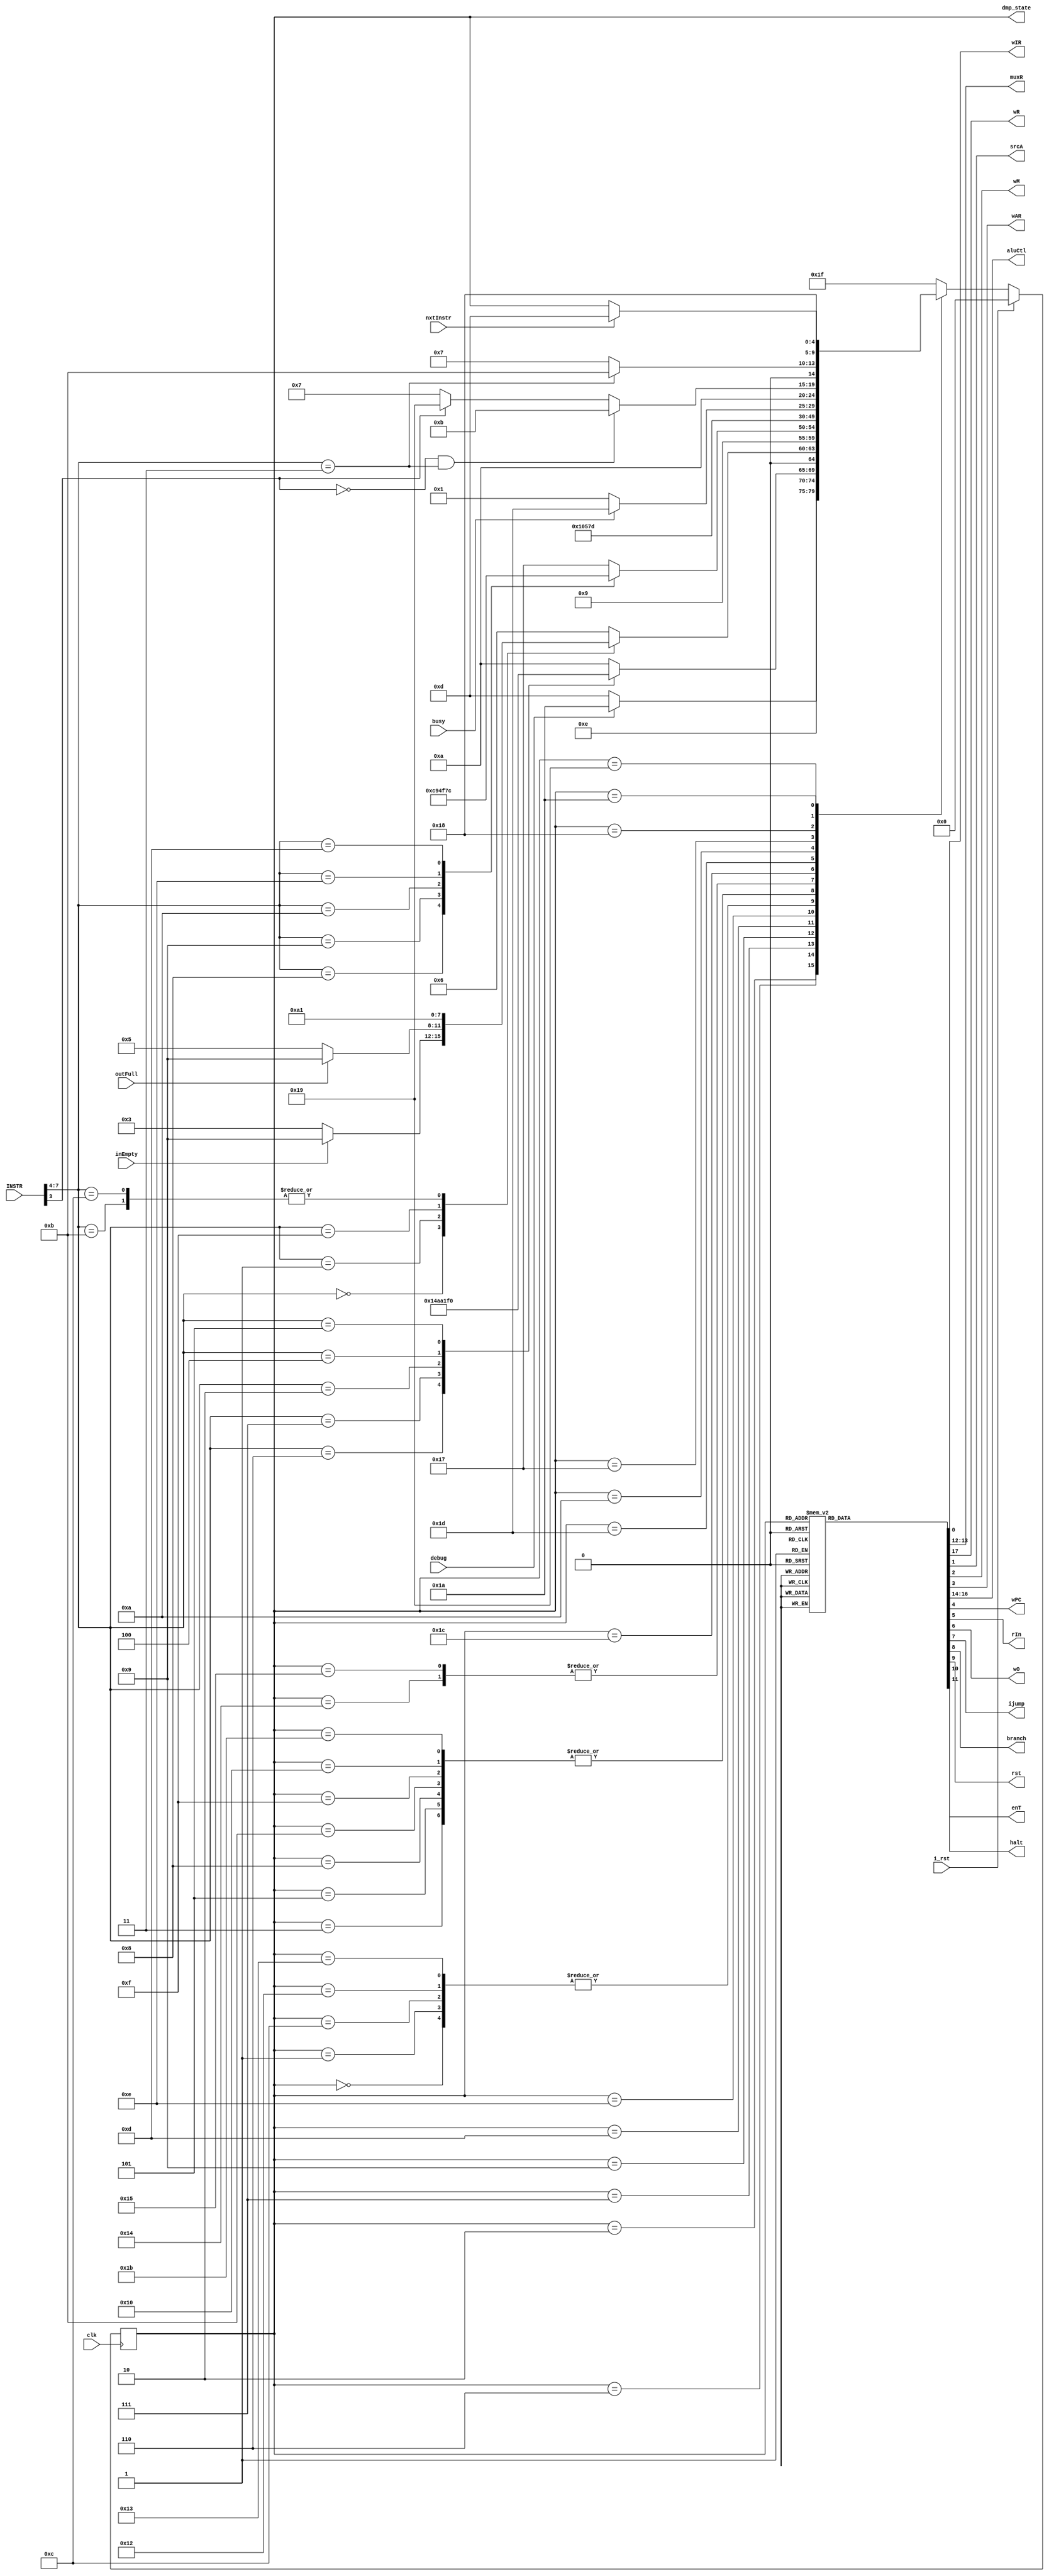
// This program was cloned from: https://github.com/adumont/hrm-cpu
// License: GNU General Public License v3.0

`default_nettype none

module ControlUnit (
    // input signals
    input  wire [7:0] INSTR,
    input  wire       inEmpty,
    input  wire       outFull,
    input  wire       debug,
    input  wire       nxtInstr,
    input  wire       busy,
    // output signals
    output reg        wIR,
    output reg  [1:0] muxR,
    output reg        wR,
    output reg        srcA,
    output reg        wM,
    output reg        wAR,
    output reg  [2:0] aluCtl,
    output reg        wPC,
    output reg        rIn,
    output reg        wO,
    output reg        ijump,
    output reg        branch,
    output reg        rst,
    output reg        halt,
    output reg        enT,
    output wire [4:0] dmp_state,
    // generic signals
    input wire clk,
    input wire i_rst
);

    // States
    localparam
    S_ADD         = 5'b 01111,
    S_BUMPN       = 5'b 10101,
    S_BUMPP       = 5'b 10100,
    S_COPYFROM    = 5'b 01000,
    S_COPYTO      = 5'b 01011,
    S_DECODE      = 5'b 01001,
    S_FETCH_I     = 5'b 00010,
    S_FETCH_O     = 5'b 01110,
    S_HALT        = 5'b 01010,
    S_INBOX       = 5'b 00011,
    S_Inc_PC      = 5'b 00001,
    S_INCPC2      = 5'b 00110,
    S_JUMP        = 5'b 01100,
    S_JUMPN       = 5'b 10011,
    S_JUMPZ       = 5'b 10010,
    S_LOAD_AR     = 5'b 10111,
    S_LOAD_AR2    = 5'b 11000,
    S_LOAD_IR     = 5'b 01101,
    S_OUTBOX      = 5'b 00101,
    S_READMEM     = 5'b 00111,
    S_READMEM2    = 5'b 11001,
    S_RESET       = 5'b 00000,
    S_SUB         = 5'b 10000,
    S_WAIT_KEY    = 5'b 11010,
    S_SET         = 5'b 11011,
    S_INIT_TIMER  = 5'b 11100,
    S_WAIT_TIMER  = 5'b 11101,
    S_INVALID     = 5'b 11111; // should never be reached!

    wire [3:0] opcode = INSTR[7:4];
    wire indirect = INSTR[3];

    localparam
    o_INBOX    = 4'b 0000,
    o_OUTBOX   = 4'b 0001,
    o_COPYFROM = 4'b 0010,
    o_COPYTO   = 4'b 0011,
    o_ADD      = 4'b 0100,
    o_SUB      = 4'b 0101,
    o_BUMPP    = 4'b 0110,
    o_BUMPN    = 4'b 0111,
    o_JUMP     = 4'b 1000,
    o_JUMPZ    = 4'b 1001,
    o_JUMPN    = 4'b 1010,
    o_NOP1     = 4'b 1011,
    o_NOP2     = 4'b 1100,
    o_WAIT     = 4'b 1101,
    o_SET      = 4'b 1110,
    o_HALT     = 4'b 1111;

    reg [4:0] state;
    reg [4:0] nextstate;

    assign dmp_state = state;

    // comb always block
    // NEXT STATE LOGIC (depends on currState and INPUTS)
    always @* begin
      // defaulting to implied_loopback to avoid latches being inferred 
      nextstate = state;
      case (state)
        S_RESET       : nextstate = S_FETCH_I;
        S_Inc_PC      : nextstate = S_FETCH_I;
        S_FETCH_I     : if (debug)  nextstate = S_WAIT_KEY;
                        else        nextstate = S_LOAD_IR;
        S_INBOX       : nextstate = S_Inc_PC;
        S_OUTBOX      : nextstate = S_Inc_PC;
        S_INCPC2      : nextstate = S_FETCH_O;
        S_READMEM     : case (opcode)
                          o_BUMPP    : nextstate = S_BUMPP;
                          o_BUMPN    : nextstate = S_BUMPN;
                          o_COPYFROM : nextstate = S_COPYFROM;
                          o_ADD      : nextstate = S_ADD;
                          o_SUB      : nextstate = S_SUB;
                          default    : nextstate = S_HALT;
                        endcase
        S_COPYFROM    : nextstate = S_Inc_PC;
        S_DECODE      : case (opcode)
                          o_INBOX  : if( inEmpty ) nextstate = S_DECODE;
                                     else          nextstate = S_INBOX;
                          o_OUTBOX : if( outFull ) nextstate = S_DECODE;
                                     else          nextstate = S_OUTBOX;
                          o_HALT   : nextstate = S_HALT;
                          o_NOP1   : nextstate = S_Inc_PC;
                          o_NOP2   : nextstate = S_Inc_PC;
                          default  : nextstate = S_INCPC2;
                        endcase
        S_COPYTO      : nextstate = S_Inc_PC;
        S_JUMP        : nextstate = S_FETCH_I;
        S_LOAD_IR     : nextstate = S_DECODE;
        S_FETCH_O     : case (opcode)
                          o_JUMP  : nextstate = S_JUMP;
                          o_JUMPZ : nextstate = S_JUMPZ;
                          o_JUMPN : nextstate = S_JUMPN;
                          o_SET   : nextstate = S_SET;
                          o_WAIT  : nextstate = S_INIT_TIMER;
                          default : nextstate = S_LOAD_AR;
                        endcase
        S_ADD         : nextstate = S_Inc_PC;
        S_SUB         : nextstate = S_Inc_PC;
        S_JUMPZ       : nextstate = S_FETCH_I;
        S_JUMPN       : nextstate = S_FETCH_I;
        S_SET         : nextstate = S_Inc_PC;
        S_BUMPP       : nextstate = S_COPYTO;
        S_BUMPN       : nextstate = S_COPYTO;
        S_INIT_TIMER  : nextstate = S_WAIT_TIMER;
        S_WAIT_TIMER  : if ( busy ) nextstate = S_WAIT_TIMER;
                        else        nextstate = S_Inc_PC;
        S_HALT        : nextstate = S_HALT;
        S_LOAD_AR     : if      ( ~indirect && opcode == o_COPYTO ) nextstate = S_COPYTO;
                        else if (  indirect )                       nextstate = S_READMEM2;
                        else                                        nextstate = S_READMEM;
        S_LOAD_AR2    : if( opcode == o_COPYTO ) nextstate = S_COPYTO;
                        else nextstate = S_READMEM;
        S_READMEM2    : nextstate = S_LOAD_AR2;
        S_WAIT_KEY    : if (nxtInstr) nextstate = S_LOAD_IR;
        default: nextstate = S_INVALID; // should never happen (unless bug?)
      endcase
    end

    // sequential always block
    always @(posedge clk) begin
      if (i_rst)
        state <= S_RESET;
      else
        state <= nextstate;
    end

    // OUTPUT LOGIC (Combinational)
    always @ (state)
    begin
      // avoid latches, preset all regs here to a default value. eventually change them later in the case() 
      wIR    = 1'b0;
      muxR   = 2'b00;
      wR     = 1'b0;
      srcA   = 1'b0;
      wM     = 1'b0;
      wAR    = 1'b0;
      aluCtl = 3'b000;
      wPC    = 1'b0;
      rIn    = 1'b0;
      wO     = 1'b0;
      ijump  = 1'b0;
      branch = 1'b0;
      rst    = 1'b0;
      halt   = 1'b0;
      enT    = 1'b0;

      case (state)
        S_ADD        : begin
          muxR   = 2'b  11;
          aluCtl = 3'b 000;
          wR     = 1'b   1;
        end
        S_BUMPN      : begin
          muxR   = 2'b  11;
          aluCtl = 3'b 011;
          wR     = 1'b   1;
        end
        S_BUMPP      : begin
          muxR   = 2'b  11;
          aluCtl = 3'b 010;
          wR     = 1'b   1;
        end
        S_COPYFROM   : begin
          muxR   = 2'b  01;
          wR     = 1'b   1;
        end
        S_COPYTO     : wM = 1'b 1;
        S_HALT       : halt = 1'b 1;
        S_INBOX      : begin
          rIn    = 1'b   1;
          muxR   = 2'b  00;
          wR     = 1'b   1;
        end
        S_Inc_PC     : wPC  = 1'b 1;
        S_INCPC2     : wPC  = 1'b 1;
        S_JUMP       : begin
          branch = 1'b 1;
          ijump  = 1'b 1;
          wPC    = 1'b 1;
        end
        S_JUMPN      : begin
          branch = 1'b 1;
          ijump  = 1'b 0;
          aluCtl = 3'b 100;
          wPC    = 1'b 1;
        end
        S_JUMPZ      : begin
          branch = 1'b 1;
          ijump  = 1'b 0;
          aluCtl = 3'b 000;
          wPC    = 1'b 1;
        end
        S_SET      : begin
          muxR   = 2'b  10;
          wR     = 1'b   1;
        end
        S_LOAD_AR    : wAR  = 1'b 1;
        S_LOAD_AR2   : begin
          srcA   = 1'b 1;
          wAR    = 1'b 1;
        end
        S_INIT_TIMER : enT  = 1'b 1;
        S_LOAD_IR    : wIR  = 1'b 1;
        S_OUTBOX     : wO   = 1'b 1;
        S_RESET      : rst  = 1'b1;
        S_SUB        : begin
          muxR   = 2'b  11;
          aluCtl = 3'b 001;
          wR     = 1'b   1;
        end
        // S_DECODE     : ;
        // S_FETCH_I    : ;
        // S_FETCH_O    : ;
        // S_READMEM    : ;
        // S_READMEM2   : ;
        // S_WAIT_KEY   : ;
        default: ;
      endcase
    end

    `ifdef FORMAL
      `undef SYNTHESIS
    `endif

    // This code allows you to see state names in simulation
    `ifndef SYNTHESIS
    reg [87:0] statename;
    reg [79:0] instrname;
    always @* begin
      // decode state name
      case (state)
        S_ADD         : statename = "ADD";
        S_BUMPN       : statename = "BUMPN";
        S_BUMPP       : statename = "BUMPP";
        S_COPYFROM    : statename = "COPYFROM";
        S_COPYTO      : statename = "COPYTO";
        S_DECODE      : statename = "DECODE";
        S_FETCH_I     : statename = "FETCH_I";
        S_FETCH_O     : statename = "FETCH_O";
        S_HALT        : statename = "HALT";
        S_INBOX       : statename = "INBOX";
        S_Inc_PC      : statename = "Inc_PC";
        S_INCPC2      : statename = "INCPC2";
        S_JUMP        : statename = "JUMP";
        S_JUMPN       : statename = "JUMPN";
        S_JUMPZ       : statename = "JUMPZ";
        S_LOAD_AR     : statename = "LOAD_AR";
        S_LOAD_AR2    : statename = "LOAD_AR2";
        S_LOAD_IR     : statename = "LOAD_IR";
        S_OUTBOX      : statename = "OUTBOX";
        S_READMEM     : statename = "READMEM";
        S_READMEM2    : statename = "READMEM2";
        S_RESET       : statename = "RESET";
        S_SUB         : statename = "SUB";
        S_WAIT_KEY    : statename = "WAIT_KEY";
        S_SET         : statename = "SET";
        S_INIT_TIMER  : statename = "INIT_TIMER";
        S_WAIT_TIMER  : statename = "WAIT_TIMER";
        S_INVALID     : statename = "INVALID";
        default       : statename = "XXXXXXXXXX";
      endcase

      // decode instrname name
      case (opcode)
        o_INBOX    : instrname = "INBOX";
        o_OUTBOX   : instrname = "OUTBOX";
        o_COPYFROM : instrname = "COPYFROM";
        o_COPYTO   : instrname = "COPYTO";
        o_ADD      : instrname = "ADD";
        o_SUB      : instrname = "SUB";
        o_BUMPP    : instrname = "BUMPP";
        o_BUMPN    : instrname = "BUMPN";
        o_JUMP     : instrname = "JUMP";
        o_JUMPZ    : instrname = "JUMPZ";
        o_JUMPN    : instrname = "JUMPN";
        o_HALT     : instrname = "HALT";
        o_NOP1     : instrname = "NOP1";
        o_NOP2     : instrname = "NOP2";
        o_WAIT     : instrname = "WAIT";
        o_SET      : instrname = "SET";
        default    : instrname = "XXXXXXXXXX";
      endcase

      $display("%t - opcode: %10s (%1b) - State: %12s", $time, instrname, indirect, statename);
    end
    `endif

    `ifdef FORMAL

      reg	f_past_valid;
      initial	f_past_valid = 1'b0;

      always @(posedge clk)
      begin
        f_past_valid <= 1'b1;
        if(f_past_valid == 0)
          assume(i_rst);
      end

      always @(*) assume( instrname != "XXXXXXXXXX" ); // we assume the opcode are always valid

      always @(*) assert( statename != "XXXXXXXXXX" ); // asserts MUST stay true
      always @(*) assert( statename != "INVALID"    );

      always @(posedge clk)
      if (f_past_valid)
      begin

        if( $past( i_rst ) ) assert( state == S_RESET );

        // check valid transitions in FSM when no async reset happening
        if( $stable(i_rst) && !i_rst )
        begin
          if($past( state == S_RESET  ) ) assert( state == S_FETCH_I );
          if($past( state == S_Inc_PC ) ) assert( state == S_FETCH_I );
        end

        assume(!debug);
        assume(!nxtInstr);
        cover( state == S_ADD );
        cover( state == S_BUMPN );
        cover( halt );

      end

    `endif

endmodule